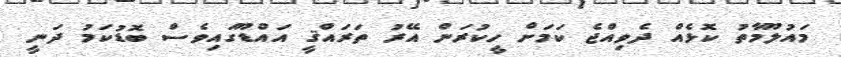
މައުލޫމާތު ކޮޅެއް ދެވިއްޖެ ކަމަށް ހީކުރަން އޭރު ތަރައްޤީ އައްޑޫގައިވެސް ބޮޑުކަމު ދަނީ